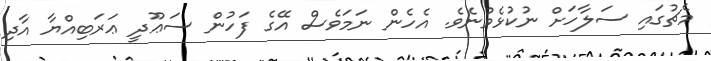
މެޗުގައި ސަލާހަށް ނުކުޅެވުނެވެ. އެހެން ނަމަވެސް އޭގެ ފަހުން ސަޢޫދީ ޢަރަބިއްޔާ އާދި